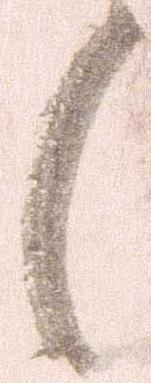
候